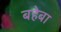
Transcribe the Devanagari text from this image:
बहेबा